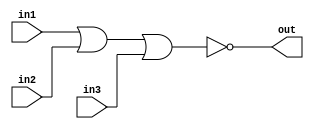
/*
    CS/ECE 552 Spring '19
    Homework #3, Problem 1

    3 input NOR
*/
module nor3 (in1,in2,in3,out);
    input  in1,in2,in3;
    output out;
    assign out = ~(in1 | in2 | in3);
endmodule